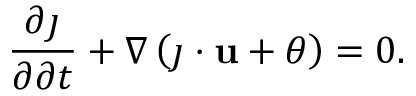
\frac { \partial \j } { \partial \partial t } + \nabla \left( \j \cdot \mathbf { u } + \theta \right) = 0 .